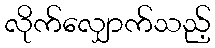
လိုက်လျှောက်သည့်